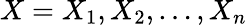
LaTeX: X=X_{1},X_{2},\dots,X_{n}